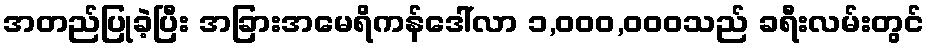
အတည်ပြုခဲ့ပြီး အခြားအမေရိကန်ဒေါ်လာ ၁,၀၀၀,၀၀၀သည် ခရီးလမ်းတွင်